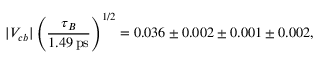
| V _ { c b } | \left( \frac { \tau _ { B } } { 1 . 4 9 \, \mathrm { p s } } \right) ^ { 1 / 2 } = 0 . 0 3 6 \pm 0 . 0 0 2 \pm 0 . 0 0 1 \pm 0 . 0 0 2 ,